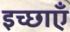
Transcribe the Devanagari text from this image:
इच्‍छाएँ